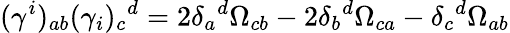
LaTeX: (\gamma^{i})_{ab}(\gamma_{i})_{c}{}^{d}=2\delta_{a}{}^{d}\Omega_{cb}-2\delta_{b}{}^{d}\Omega_{ca}-\delta_{c}{}^{d}\Omega_{ab}